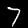
Digit: 7